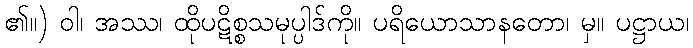
၏။) ဝါ၊ အဿ၊ ထိုပဋိစ္စသမုပ္ပါဒ်ကို။ ပရိယောသာနတော၊ မှ။ ပဋ္ဌာယ၊